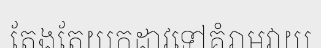
តែងតែយកដាវទៅគំរាមវាយ